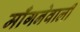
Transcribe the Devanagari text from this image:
माँगनेवाली